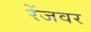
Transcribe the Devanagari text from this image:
रेंजवर